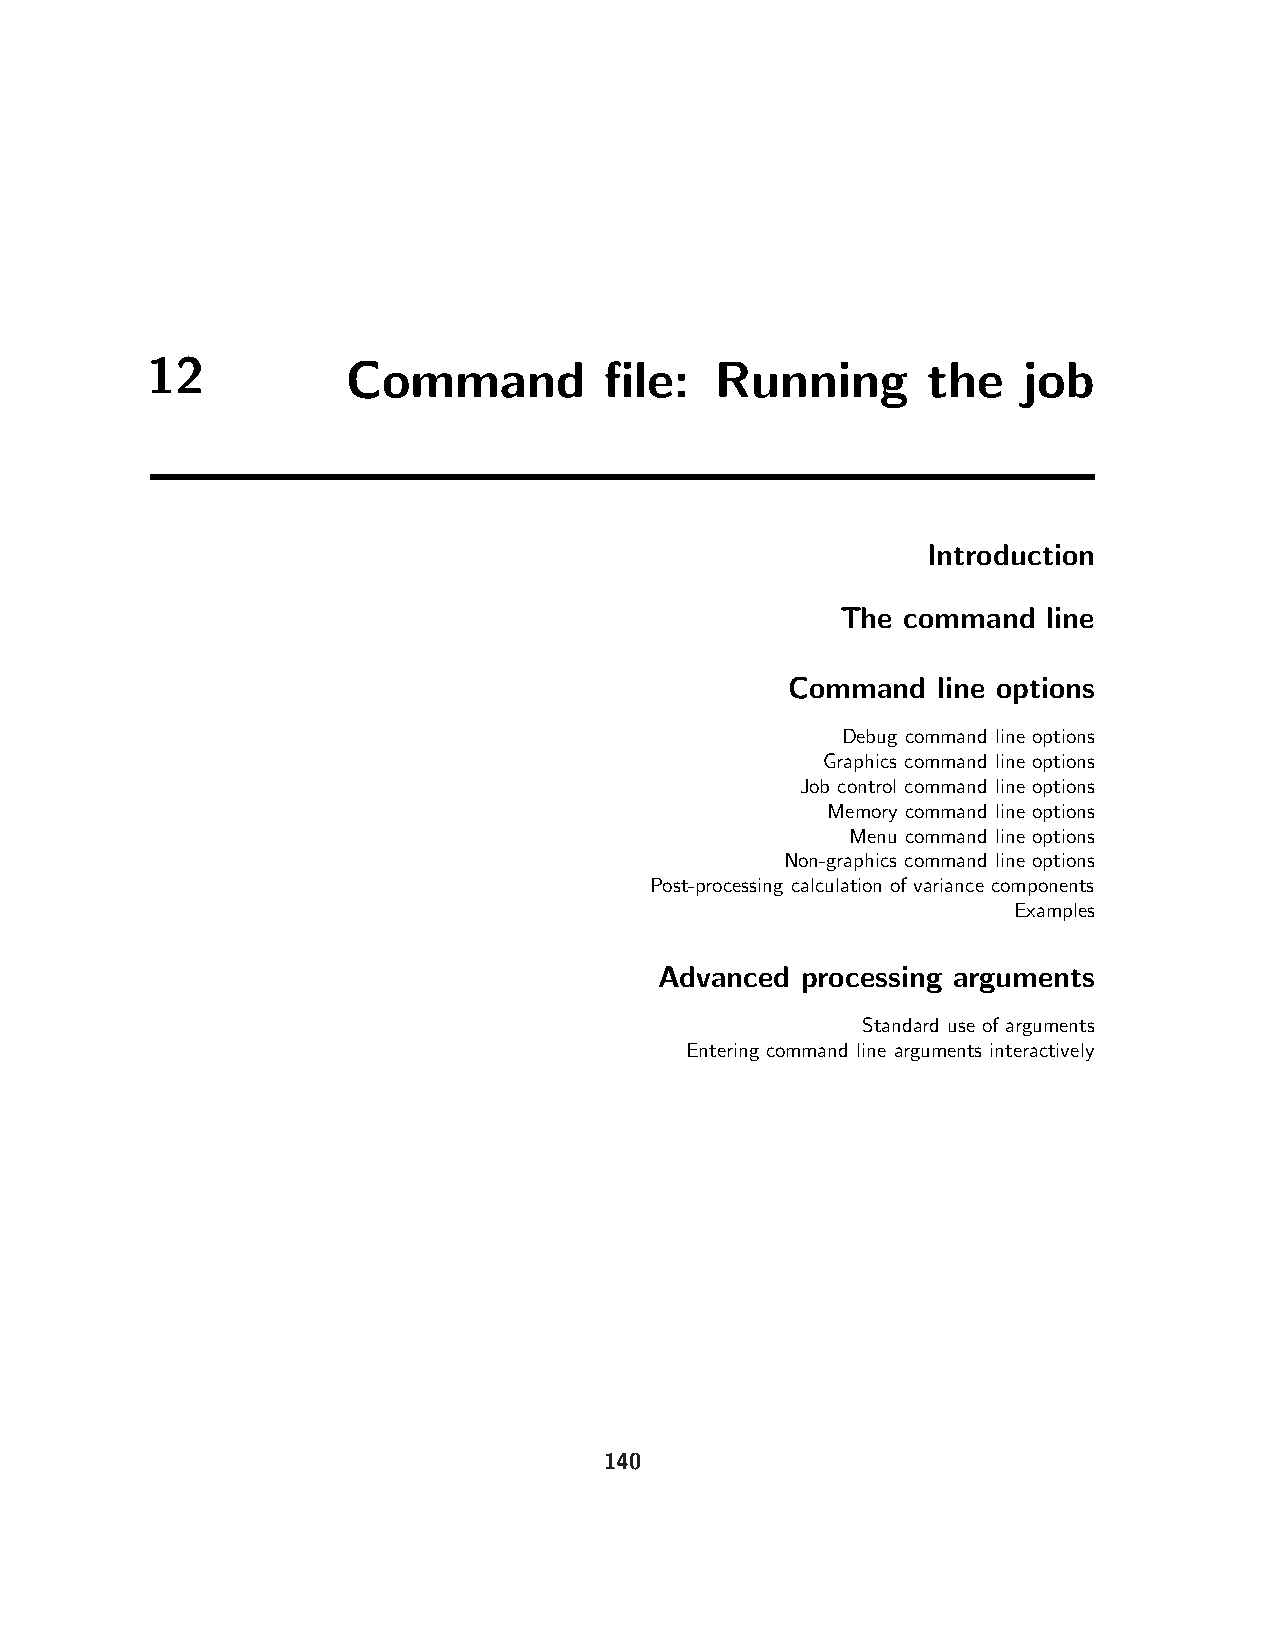
12           Command          file:  Running       the    job
 Introduction
 The command  line
 Command   line options
 Debug command line options
 Graphics command line options
 Job control command line options
 Memory command line options
 Menu command line options
 Non-graphics command line options
 Post-processing calculation of variance components
 Examples
 Advanced processing arguments
 Standard use of arguments
 Entering command line arguments interactively
 140